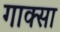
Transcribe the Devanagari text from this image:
गाक्सा